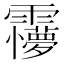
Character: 𩆽